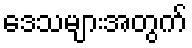
ဒေသများအတွက်